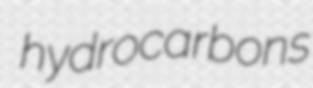
hydrocarbons